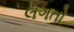
લગતો